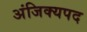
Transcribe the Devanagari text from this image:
अंजिक्यपद